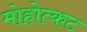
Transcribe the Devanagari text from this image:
मोहोत्कट